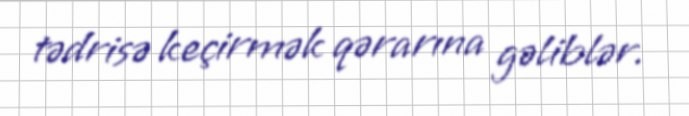
tədrisə keçirmək qərarına gəliblər.